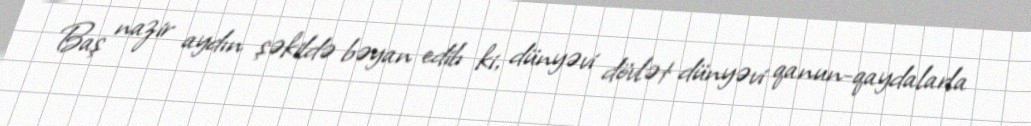
Baş nazir aydın şəkildə bəyan edib ki, dünyəvi dövlət dünyəvi qanun-qaydalarla